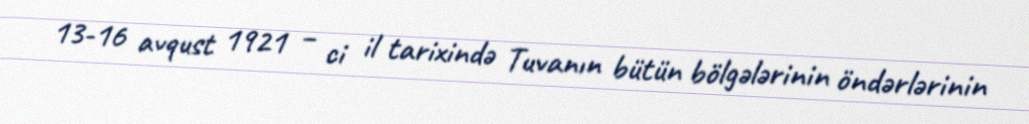
13-16 avqust 1921 – ci il tarixində Tuvanın bütün bölgələrinin öndərlərinin